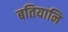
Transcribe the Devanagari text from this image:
बतियानि